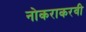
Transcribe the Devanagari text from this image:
नोकराकरवी